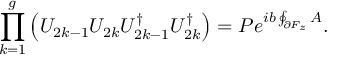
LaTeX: \prod _ { k = 1 } ^ { g } \left( { \cal U } _ { 2 k - 1 } { \cal U } _ { 2 k } { \cal U } _ { 2 k - 1 } ^ { \dagger } { \cal U } _ { 2 k } ^ { \dagger } \right) = P e ^ { i b \oint _ { \partial { \cal F } _ { z } } A } .